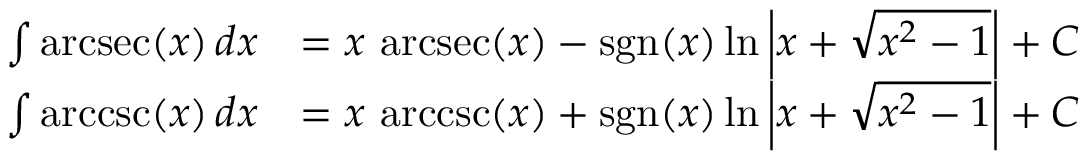
{ \begin{array} { r l } { \int \operatorname { a r c s e c } ( x ) \, d x } & { = x \, \operatorname { a r c s e c } ( x ) - \operatorname { s g n } ( x ) \ln \left| x + { \sqrt { x ^ { 2 } - 1 } } \right| + C } \\ { \int \operatorname { a r c c s c } ( x ) \, d x } & { = x \, \operatorname { a r c c s c } ( x ) + \operatorname { s g n } ( x ) \ln \left| x + { \sqrt { x ^ { 2 } - 1 } } \right| + C } \end{array} }